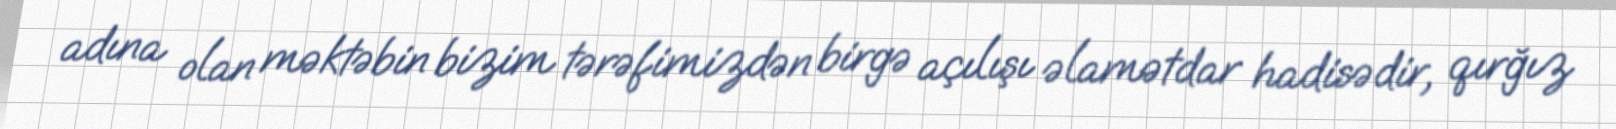
adına olan məktəbin bizim tərəfimizdən birgə açılışı əlamətdar hadisədir, qırğız